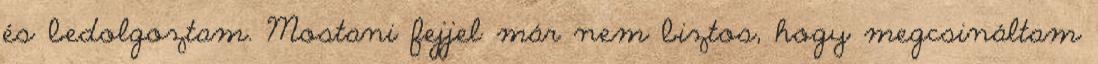
és bedolgoztam. Mostani fejjel már nem biztos, hogy megcsináltam